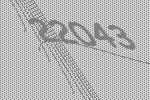
22043